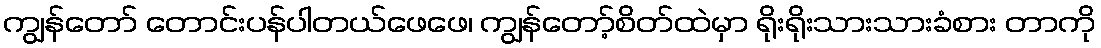
ကျွန်တော် တောင်းပန်ပါတယ်ဖေဖေ၊ ကျွန်တော့်စိတ်ထဲမှာ ရိုးရိုးသားသားခံစား တာကို